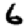
Digit: 6